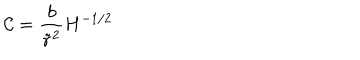
\mathcal { C } = \frac { b } { \tilde { r } ^ { 2 } } H ^ { - 1 / 2 }